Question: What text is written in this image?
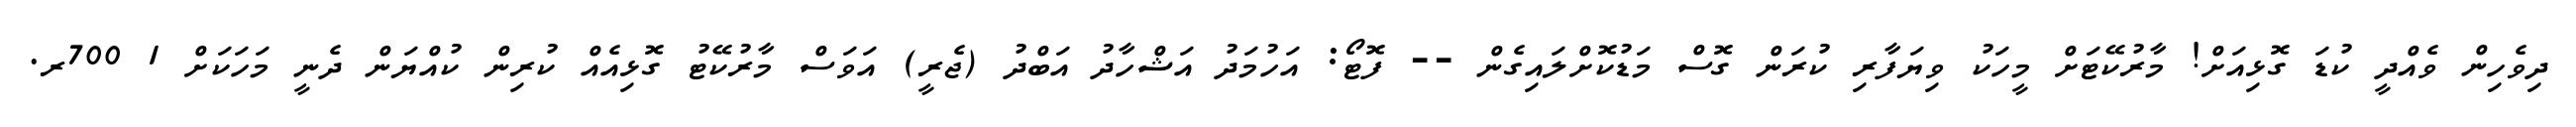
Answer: ދިވެހިން ވެއްދީ ކުޑަ ގޮޅިއަށް! މާރުކޭޓަށް މީހަކު ވިޔަފާރި ކުރަން ގޮސް މަޑުކޮށްލައިގެން -- ފޮޓޯ: އަހުމަދު އަޝްހާދު އަބްދު (ޖެރީ) އަވަސް މާރުކޭޓު ގޮޅިއެއް ކުރިން ކުއްޔަން ދެނީ މަހަކަށް 1 700ރ.